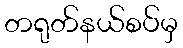
တရုတ်နယ်စပ်မှ